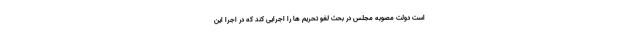
است دولت مصوبه مجلس در بحث لغو تحریم ها را اجرایی کند که در اجرا این